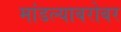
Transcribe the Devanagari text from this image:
मांडल्याबरोबर